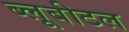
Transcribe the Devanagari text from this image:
ब्‍लूबीटल